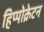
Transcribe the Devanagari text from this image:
हिप्पोक्रेटन